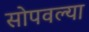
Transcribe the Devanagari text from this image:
सोपवल्या